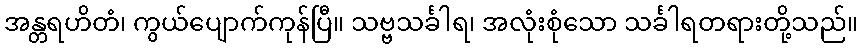
အန္တရဟိတံ၊ ကွယ်ပျောက်ကုန်ပြီ။ သဗ္ဗသင်္ခါရ၊ အလုံးစုံသော သင်္ခါရတရားတို့သည်။